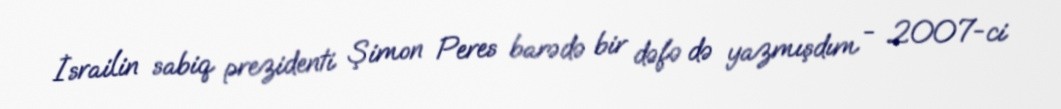
İsrailin sabiq prezidenti Şimon Peres barədə bir dəfə də yazmışdım - 2007-ci